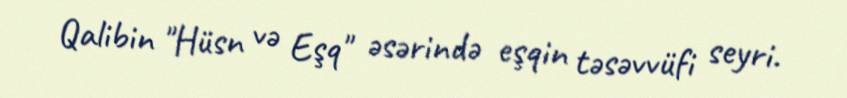
Qalibin "Hüsn və Eşq" əsərində eşqin təsəvvüfi seyri.